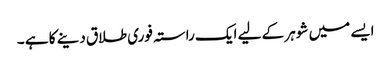
ایسے میں شوہر کے لیے ایک راستہ فوری طلاق دینے کا ہے ۔